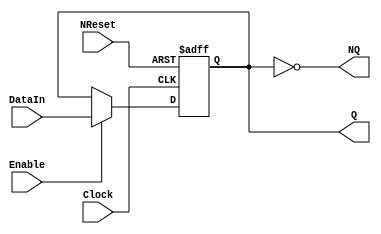
`timescale 1ns / 1ps

/// @brief D
module DFlipFlop(
    input DataIn,  
    input Clock, 
    input Enable, 
    input NReset, 
    output reg Q, 
    output NQ);

    not get_NQ(NQ, Q);
    always @(posedge Clock or negedge NReset) 
    if (~NReset) Q <= 0; else if(Enable) Q <= DataIn;
endmodule